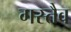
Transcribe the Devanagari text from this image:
गस्तैव